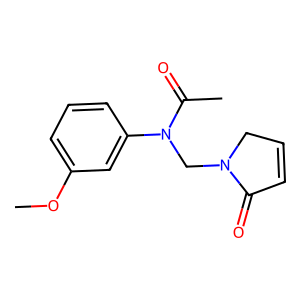
SMILES: COc1cccc(N(CN2CC=CC2=O)C(C)=O)c1
Inhibits HIV replication: No